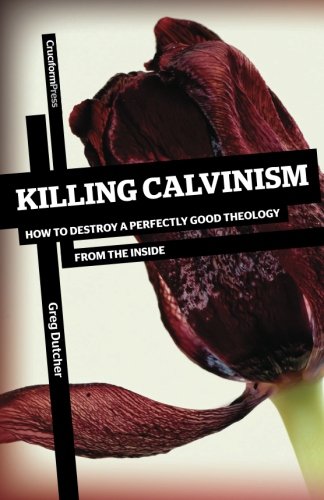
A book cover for Killing Calvinism: How to Destroy a Perfectly Good Theology from the Inside; Greg Dutcher; Christian Books & Bibles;